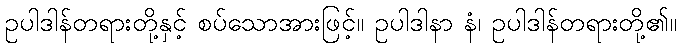
ဥပါဒါန်တရားတို့နှင့် စပ်သောအားဖြင့်။ ဥပါဒါနာ နံ၊ ဥပါဒါန်တရားတို့၏။